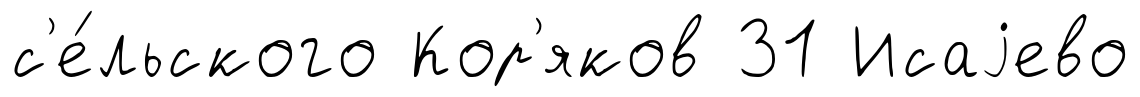
с'е́льского Кор'яков 31 Исаjево